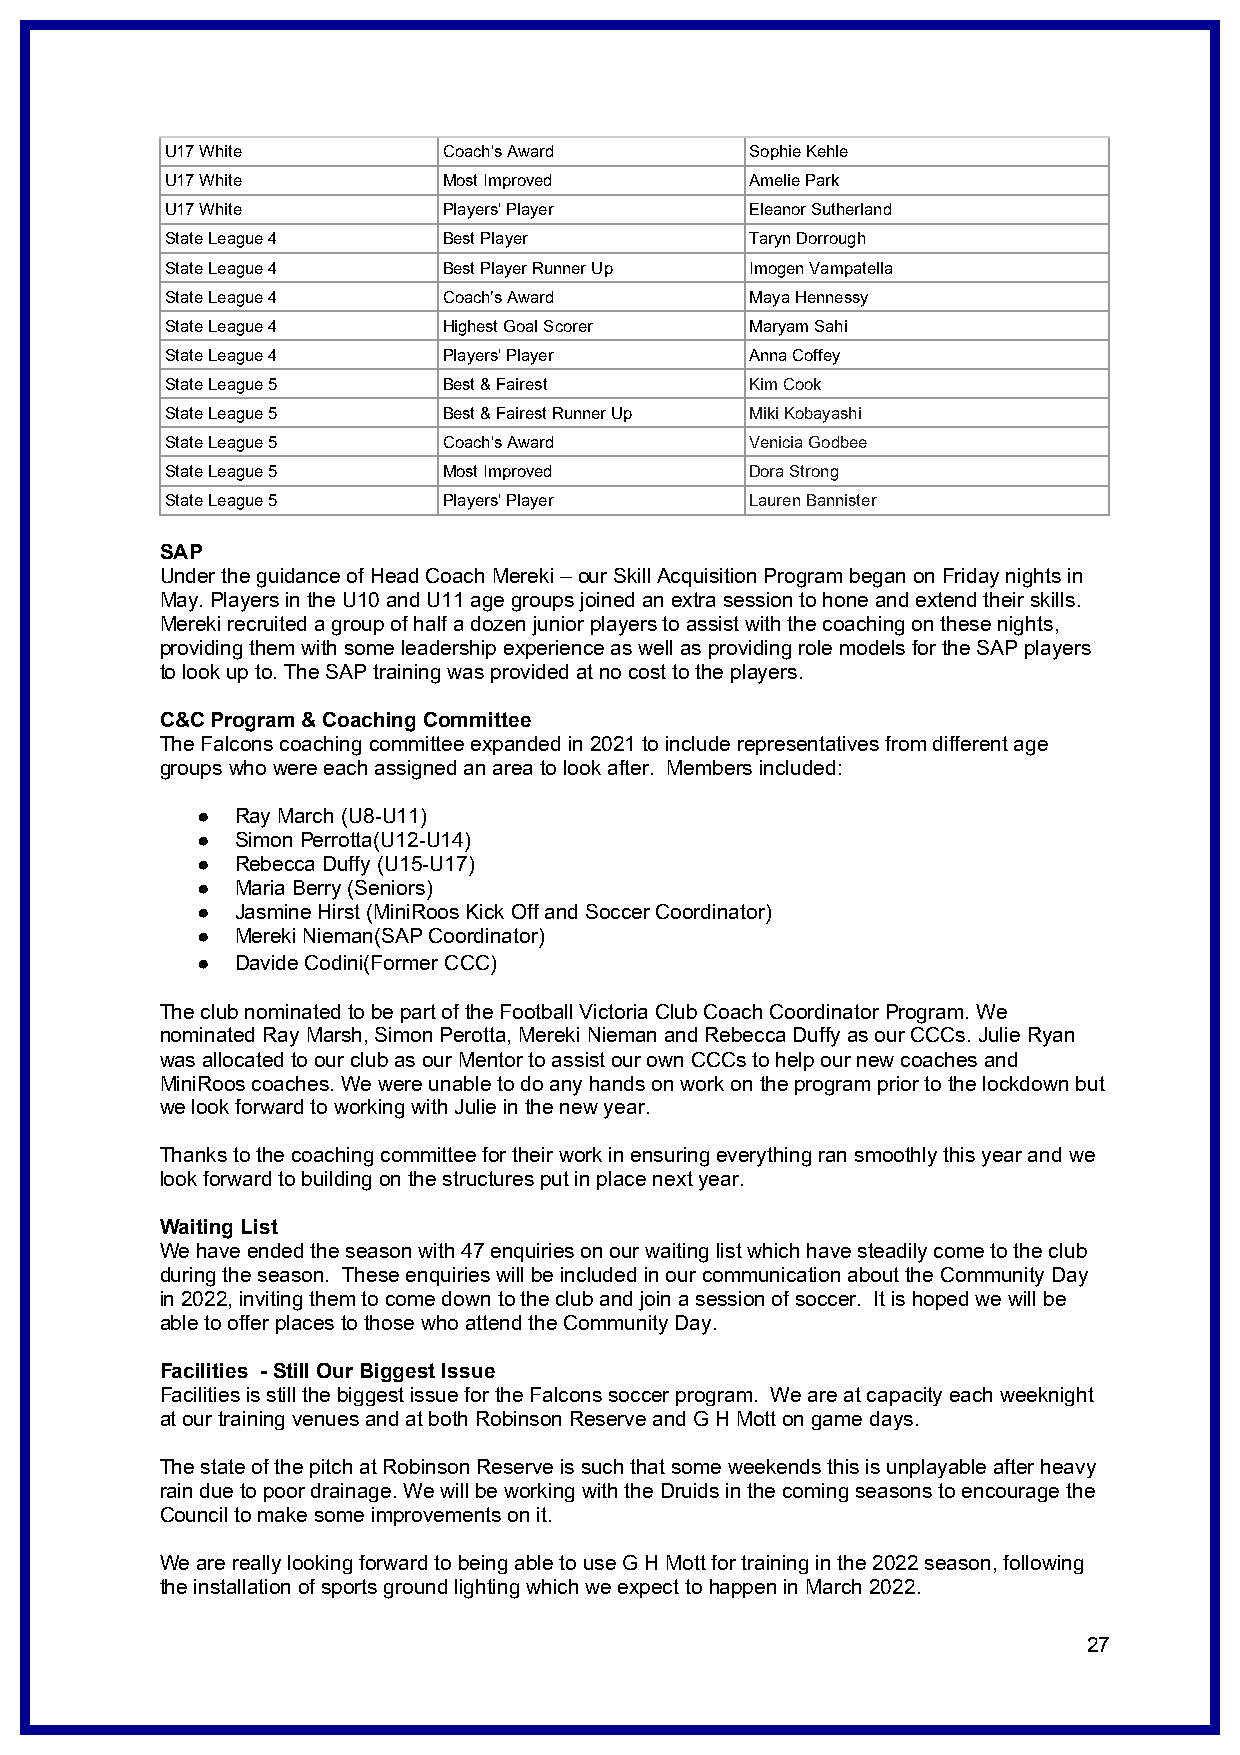
U17 White         Coach's Award        Sophie Kehle
 U17 White         Most Improved        Amelie Park
 U17 White         Players' Player      Eleanor Sutherland
 State League 4    Best Player          Taryn Dorrough
 State League 4    Best Player Runner Up Imogen Vampatella
 State League 4    Coach’s Award        Maya Hennessy
 State League 4    Highest Goal Scorer  Maryam Sahi
 State League 4    Players' Player      Anna Coffey
 State League 5    Best & Fairest       Kim Cook
 State League 5    Best & Fairest Runner Up Miki Kobayashi
 State League 5    Coach's Award        Venicia Godbee
 State League 5    Most Improved        Dora Strong
 State League 5    Players' Player      Lauren Bannister
 SAP
 Under the guidance of Head Coach Mereki – our Skill Acquisition Program began on Friday nights in
 May. Players in the U10 and U11 age groups joined an extra session to hone and extend their skills.
 Mereki recruited a group of half a dozen junior players to assist with the coaching on these nights,
 providing them with some leadership experience as well as providing role models for the SAP players
 to look up to. The SAP training was provided at no cost to the players.
 C&C Program & Coaching Committee
 The Falcons coaching committee expanded in 2021 to include representatives from different age
 groups who were each assigned an area to look after. Members included:
 ●  Ray March (U8-U11)
 ●  Simon Perrotta(U12-U14)
 ●  Rebecca Duffy (U15-U17)
 ●  Maria Berry (Seniors)
 ●  Jasmine Hirst (MiniRoos Kick Off and Soccer Coordinator)
 ●  Mereki Nieman(SAP Coordinator)
 ●  Davide Codini(Former CCC)
 The club nominated to be part of the Football Victoria Club Coach Coordinator Program. We
 nominated Ray Marsh, Simon Perotta, Mereki Nieman and Rebecca Duffy as our CCCs. Julie Ryan
 was allocated to our club as our Mentor to assist our own CCCs to help our new coaches and
 MiniRoos coaches. We were unable to do any hands on work on the program prior to the lockdown but
 we look forward to working with Julie in the new year.
 Thanks to the coaching committee for their work in ensuring everything ran smoothly this year and we
 look forward to building on the structures put in place next year.
 Waiting List
 We have ended the season with 47 enquiries on our waiting list which have steadily come to the club
 during the season. These enquiries will be included in our communication about the Community Day
 in 2022, inviting them to come down to the club and join a session of soccer. It is hoped we will be
 able to offer places to those who attend the Community Day.
 Facilities - Still Our Biggest Issue
 Facilities is still the biggest issue for the Falcons soccer program. We are at capacity each weeknight
 at our training venues and at both Robinson Reserve and G H Mott on game days.
 The state of the pitch at Robinson Reserve is such that some weekends this is unplayable after heavy
 rain due to poor drainage. We will be working with the Druids in the coming seasons to encourage the
 Council to make some improvements on it.
 We are really looking forward to being able to use G H Mott for training in the 2022 season, following
 the installation of sports ground lighting which we expect to happen in March 2022.
 27